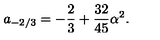
a _ { - 2 / 3 } = - \frac { 2 } { 3 } + \frac { 3 2 } { 4 5 } \alpha ^ { 2 } .